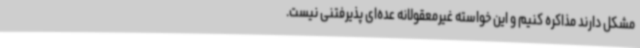
مشکل دارند مذاکره کنیم و این خواسته غیرمعقولانه عده‌ای پذیرفتنی نیست.